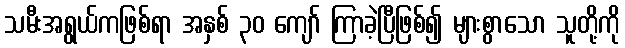
သမီးအရွယ်ကဖြစ်ရာ အနှစ် ၃၀ ကျော် ကြာခဲ့ပြီဖြစ်၍ များစွာသော သူတို့ကို